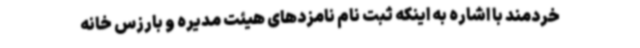
خردمند با اشاره به اینکه ثبت نام نامزدهای هیئت مدیره و بارزس خانه